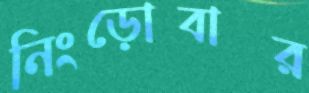
নিংড়োবার